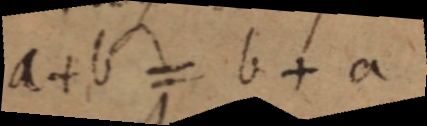
a + b = b + a